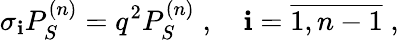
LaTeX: \sigma_{\mathbf{i}}P_{S}^{(n)}=q^{2}P_{S}^{(n)}\; ,\quad\mathbf{i}=\overline{{{{1,n-1}}}}\; ,